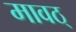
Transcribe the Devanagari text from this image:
मावठ्